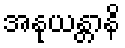
အနုယန္တာနိ